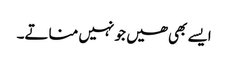
ایسے بھی ھیں جو نہیں مناتے۔